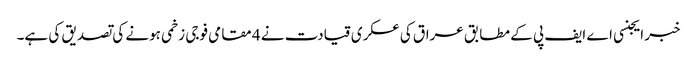
خبر ایجنسی اے ایف پی کے مطابق عراق کی عسکری قیادت نے 4 مقامی فوجی زخمی ہونے کی تصدیق کی ہے۔